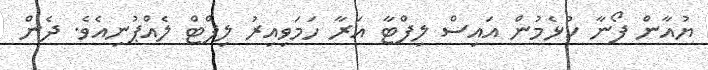
ޔުއާން ފޯނާ ކުޅެމުން އައިސް ލިފްޓާ އަރާ ހަމަވިއިރު ލިފްޓް ލެއްޕުނިއެވެ. ދެން